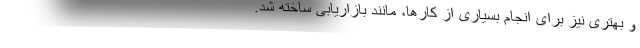
و بهتری نیز برای انجام بسیاری از کارها، مانند بازاریابی ساخته شد.